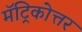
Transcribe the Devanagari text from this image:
मॅट्रिकोत्तर